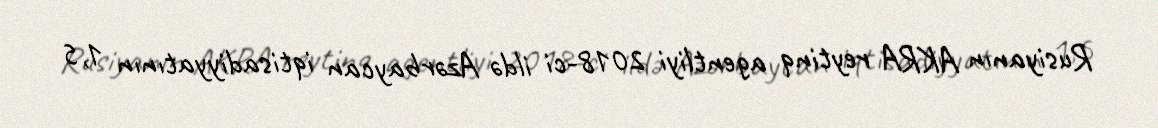
Rusiyanın AKRA reytinq agentliyi 2018-ci ildə Azərbaycan iqtisadiyyatının 1,5